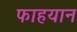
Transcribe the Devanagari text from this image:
फाहयान